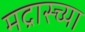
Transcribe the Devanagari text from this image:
मद्रास्च्या